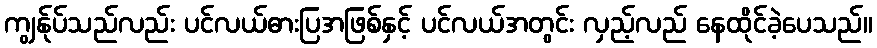
ကျွန်ုပ်သည်လည်း ပင်လယ်ဓားပြအဖြစ်နှင့် ပင်လယ်အတွင်း လှည့်လည် နေထိုင်ခဲ့ပေသည်။